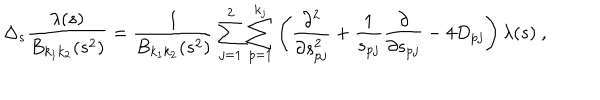
\Delta _ { s } \frac { \lambda ( s ) } { B _ { k _ { 1 } k _ { 2 } } ( s ^ { 2 } ) } = \frac { 1 } { B _ { k _ { 1 } k _ { 2 } } ( s ^ { 2 } ) } \sum _ { j = 1 } ^ { 2 } \sum _ { p = 1 } ^ { k _ { j } } \left( \frac { \partial ^ { 2 } } { \partial s _ { p j } ^ { 2 } } + \frac { 1 } { s _ { p j } } \frac { \partial } { \partial s _ { p j } } - 4 D _ { p j } \right) \lambda ( s ) \ ,